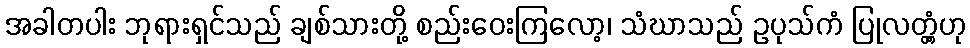
အခါတပါး ဘုရားရှင်သည် ချစ်သားတို့ စည်းဝေးကြလော့၊ သံဃာသည် ဥပုသ်ကံ ပြုလတ္တံ့ဟု